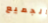
الجميع